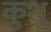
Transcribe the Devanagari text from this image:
कुशु